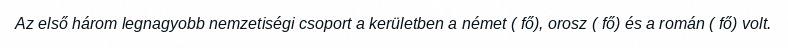
Az első három legnagyobb nemzetiségi csoport a kerületben a német ( fő), orosz ( fő) és a román ( fő) volt.